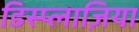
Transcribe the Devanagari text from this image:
डिस्प्लाज़िया